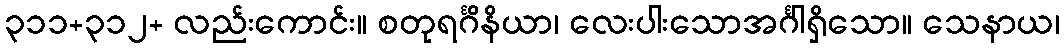
၃၁၁+၃၁၂+ လည်းကောင်း။ စတုရင်္ဂိနိယာ၊ လေးပါးသောအင်္ဂါရှိသော။ သေနာယ၊